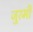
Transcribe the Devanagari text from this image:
जुरमी